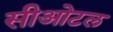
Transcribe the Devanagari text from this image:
सीओटल